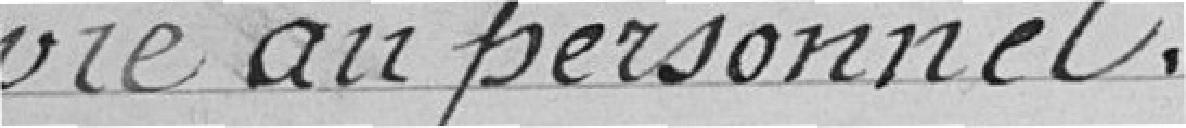
vie au personnel